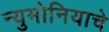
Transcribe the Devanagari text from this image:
न्युमोनियाचे